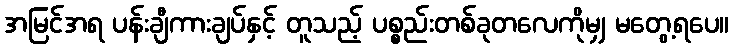
အမြင်အရ ပန်းချီကားချပ်နှင့် တူသည့် ပစ္စည်းတစ်ခုတလေကိုမျှ မတွေ့ရပေ။